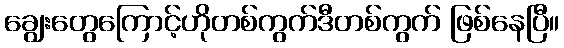
ချွေးတွေကြောင့်ဟိုတစ်ကွက်ဒီတစ်ကွက် ဖြစ်နေပြီ။